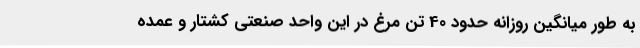
به طور میانگین روزانه حدود 40 تن مرغ در این واحد صنعتی کشتار و عمده